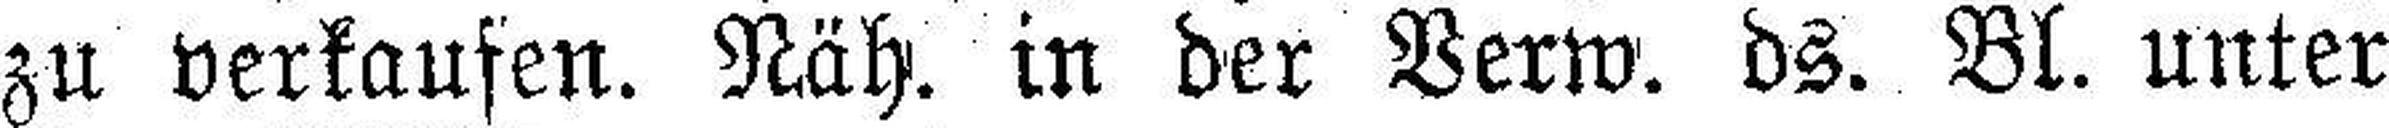
zu verkaufen. Näh. in der Verw. ds. Bl. unter